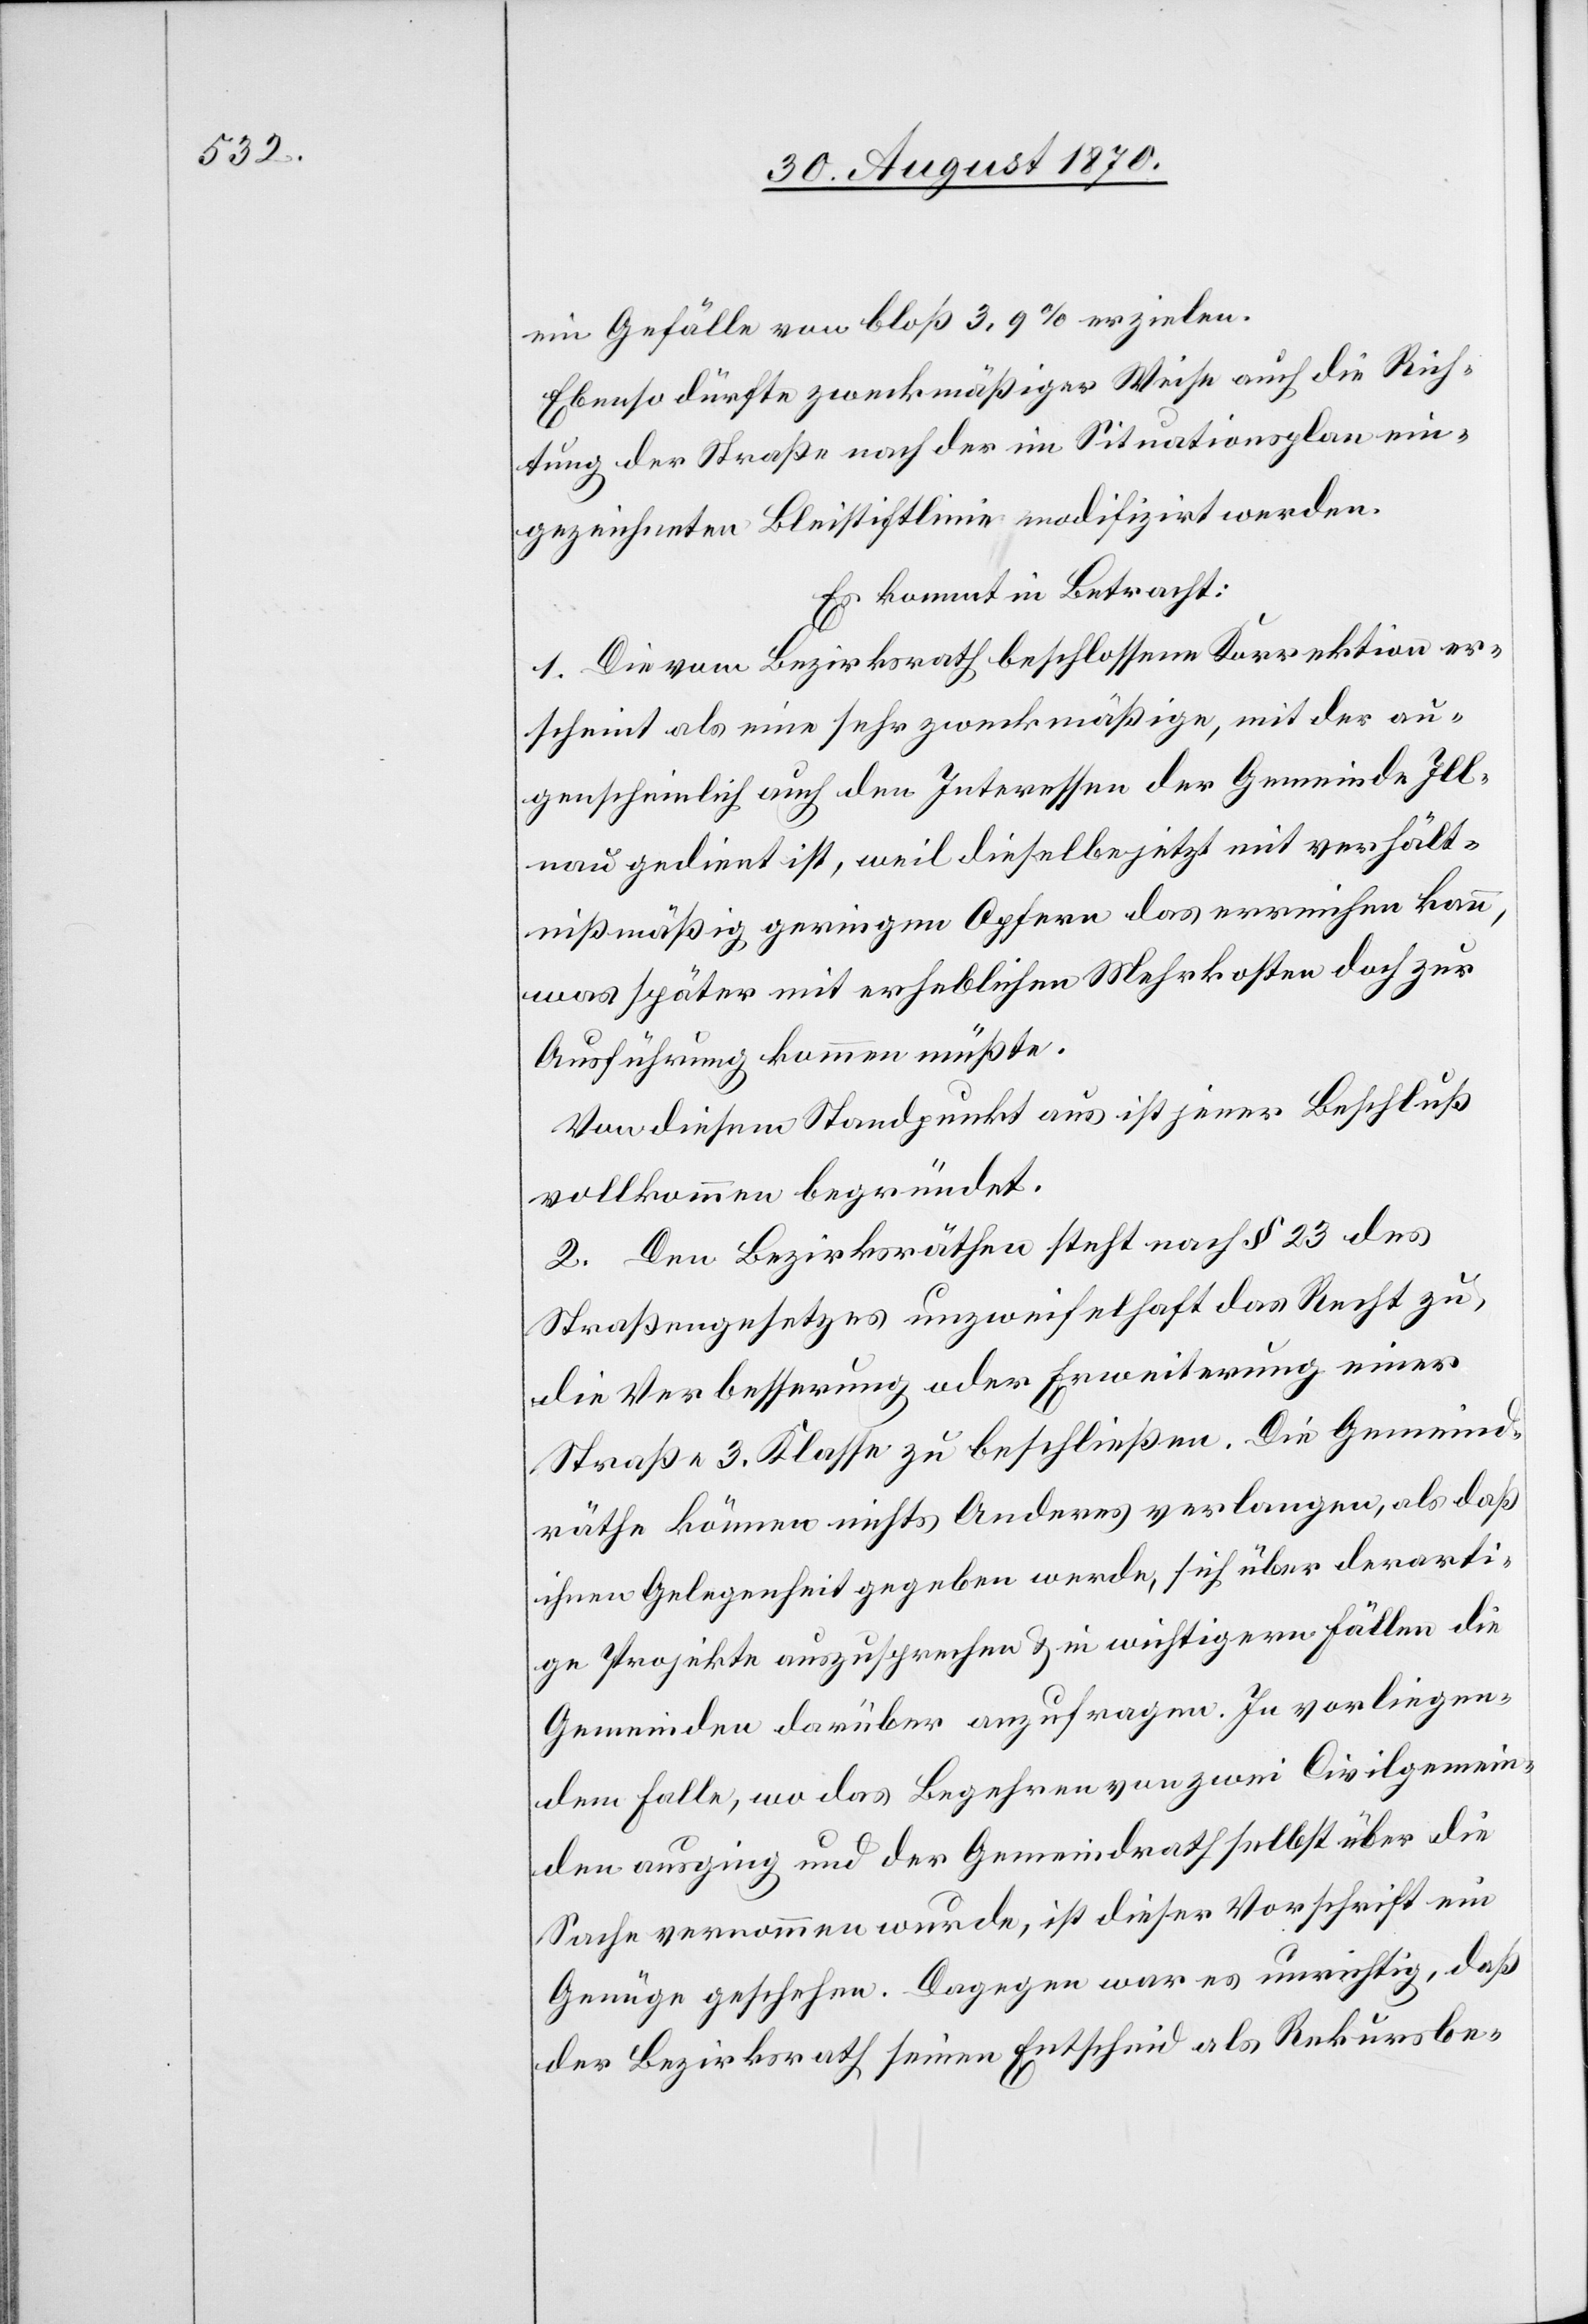
ein Gefälle von bloß 3,9% erzielen.
Ebenso dürfte zweckmäßiger Weise auch die Rich¬
tung der Straße nach der im Situationsplan ein¬
gezeichneten Bleistiftlinie modifizirt werden.
Es kommt in Betracht:
1. Die vom Bezirksrathe beschlossene Korrektion er¬
scheint als eine sehr zweckmäßige, mit der au¬
genscheinlich auch den Interessen der Gemeinde Ill¬
nau gedient ist, weil dieselbe jetzt mit verhält¬
nißmäßig geringen Opfern das erreichen kann,
was später mit erheblichen Mehrkosten doch zur
Ausführung kommen müßte.
Von diesem Standpunkt aus ist jener Beschluß
vollkommen begründet.
2. Den Bezirksräthen steht nach § 23 des
Straßengesetzes unzweifelhaft das Recht zu,
die Verbesserung oder Erweiterung einer
Straße 3. Klasse zu beschließen. Die Gemeind¬
räthe können nichts Anderes verlangen, als daß
ihnen Gelegenheit gegeben werde, sich über derarti¬
ge Projekte auszusprechen & in wichtigeren Fällen die
Gemeinden darüber anzufragen. In vorliegen¬
dem Falle, wo das Begehren von zwei Civilgemein¬
den ausging und der Gemeindrath selbst über die
Sache vernommen wurde, ist dieser Vorschrift ein
Genüge geschehen. Dagegen war es unrichtig, daß
der Bezirksrath seinen Entscheid als Rekursbe-